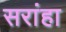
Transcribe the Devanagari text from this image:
सरांहा